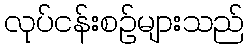
လုပ်ငန်းစဉ်များသည်